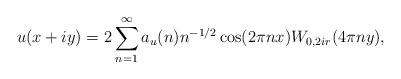
LaTeX: \begin{align*}u(x+iy)=2\sum_{n= 1}^{\infty} a_{u}(n)n^{-1/2}\cos(2\pi nx)W_{0,2ir}(4\pi ny),\end{align*}